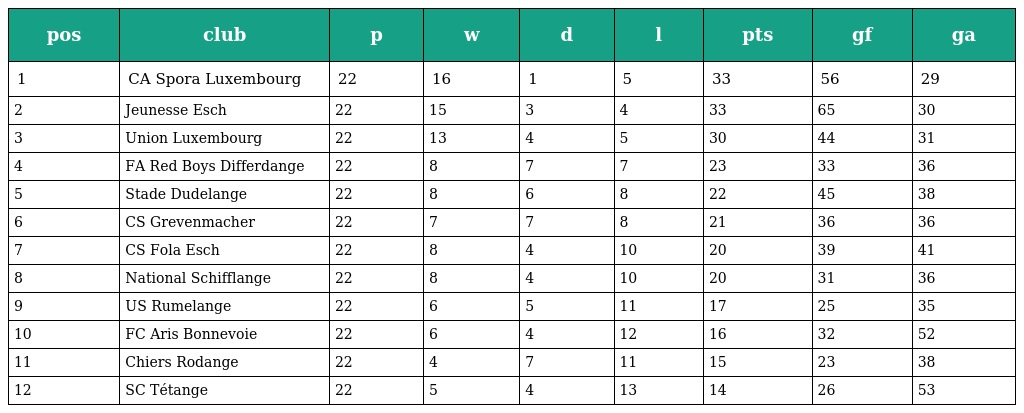
| pos | club | p | w | d | l | pts | gf | ga |
 | --- | --- | --- | --- | --- | --- | --- | --- | --- |
 | 1 | CA Spora Luxembourg | 22 | 16 | 1 | 5 | 33 | 56 | 29 |
 | 2 | Jeunesse Esch | 22 | 15 | 3 | 4 | 33 | 65 | 30 |
 | 3 | Union Luxembourg | 22 | 13 | 4 | 5 | 30 | 44 | 31 |
 | 4 | FA Red Boys Differdange | 22 | 8 | 7 | 7 | 23 | 33 | 36 |
 | 5 | Stade Dudelange | 22 | 8 | 6 | 8 | 22 | 45 | 38 |
 | 6 | CS Grevenmacher | 22 | 7 | 7 | 8 | 21 | 36 | 36 |
 | 7 | CS Fola Esch | 22 | 8 | 4 | 10 | 20 | 39 | 41 |
 | 8 | National Schifflange | 22 | 8 | 4 | 10 | 20 | 31 | 36 |
 | 9 | US Rumelange | 22 | 6 | 5 | 11 | 17 | 25 | 35 |
 | 10 | FC Aris Bonnevoie | 22 | 6 | 4 | 12 | 16 | 32 | 52 |
 | 11 | Chiers Rodange | 22 | 4 | 7 | 11 | 15 | 23 | 38 |
 | 12 | SC Tétange | 22 | 5 | 4 | 13 | 14 | 26 | 53 |